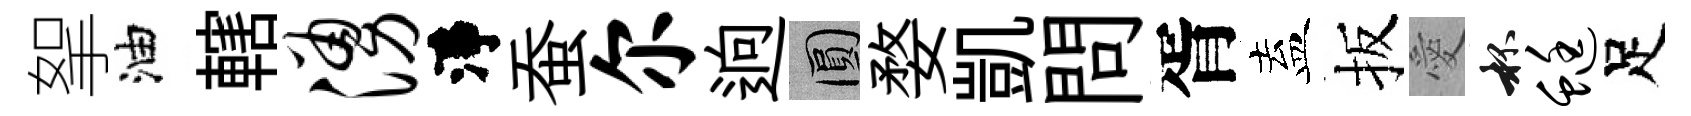
挐油轄涌淨蚕尔逈圓婺凱問胥盍扳愛杯蜓足